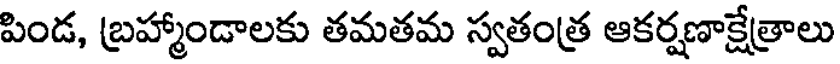
పిండ, బ్రహ్మాండాలకు తమతమ స్వతంత్ర ఆకర్షణాక్షేత్రాలు